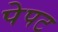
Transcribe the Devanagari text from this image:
पेपट